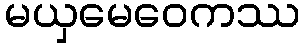
မယှမေဝေကဿ